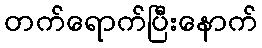
တက်ရောက်ပြီးနောက်